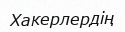
Хакерлердің